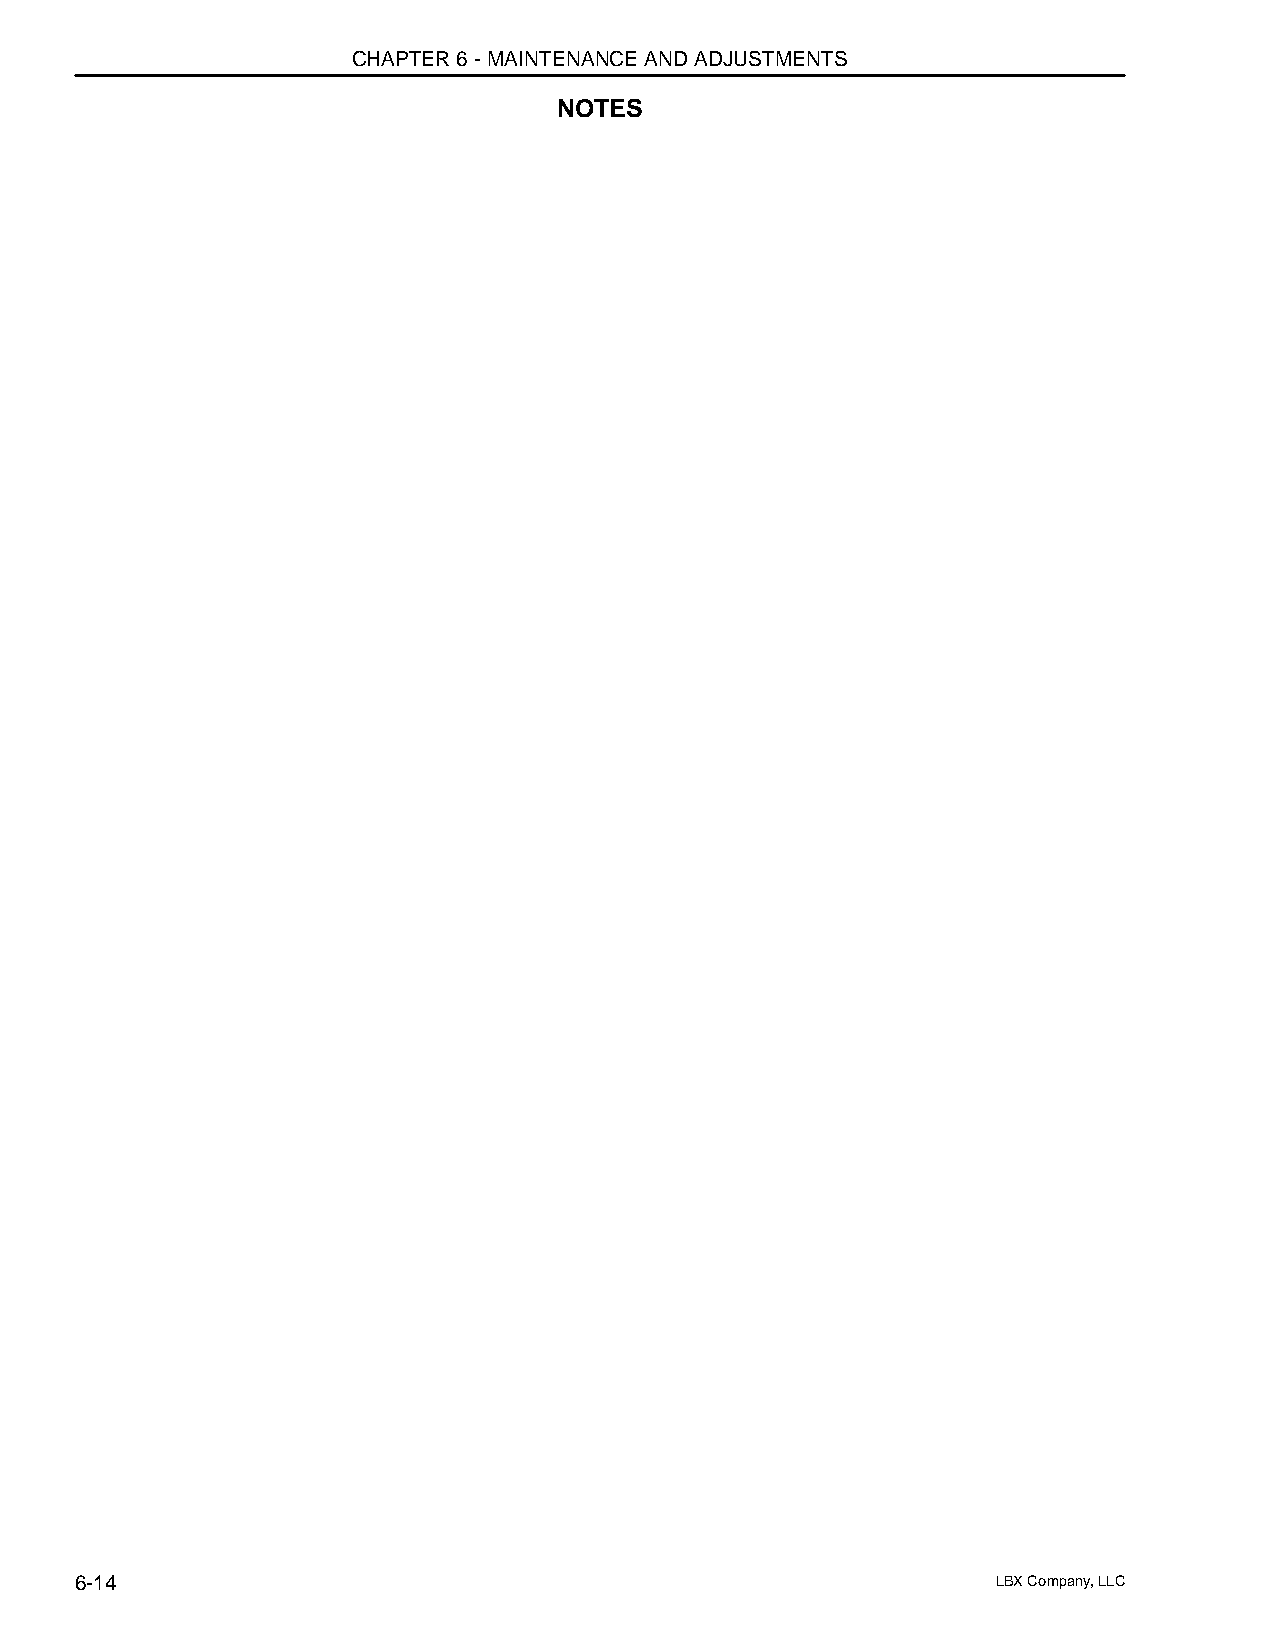
CHAPTER 6 - MAINTENANCE AND ADJUSTMENTS
 NOTES
 6-14                                                         LBX Company, LLC